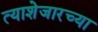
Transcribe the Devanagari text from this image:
त्याशेजारच्या